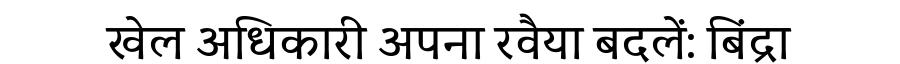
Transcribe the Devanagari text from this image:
खेल अधिकारी अपना रवैया बदलें: बिंद्रा